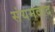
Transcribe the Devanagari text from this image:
संयमवाद